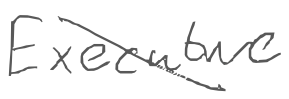
Text: Executive
Cross-out: mix
Writing tool: digital_gray